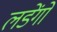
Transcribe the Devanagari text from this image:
लडेंगो